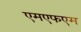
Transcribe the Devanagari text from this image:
एमएफएम